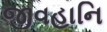
જીવહાનિ